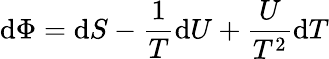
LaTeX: \mathrm{d}\Phi=\mathrm{d}S-{\frac{{1}}{{T}}}\mathrm{d}U+{\frac{{U}}{{T^{2}}}}\mathrm{d}T